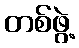
တစ်ဖွဲ့